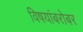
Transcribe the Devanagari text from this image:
विषयांबरोबर